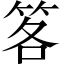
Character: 笿